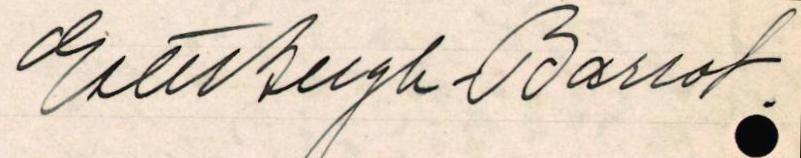
Ester Bergh-Barrot.